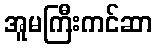
အူမကြီးကင်ဆာ